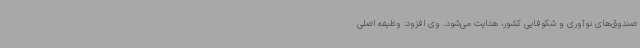
صندوق‌های نوآوری و شکوفایی کشور، هدایت می‌شود. وی افزود: وظیفه اصلی